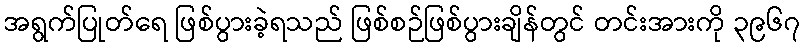
အရွက်ပြုတ်ရေ ဖြစ်ပွားခဲ့ရသည် ဖြစ်စဉ်ဖြစ်ပွားချိန်တွင် တင်းအားကို ၃၉၆၇